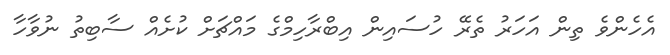
އެހެންވެ ތިން އަހަރު ތެރޭ ހުސައިން އިބްރާހިމްގެ މައްޗަށް ކުށެއް ސާބިތު ނުވާހާ